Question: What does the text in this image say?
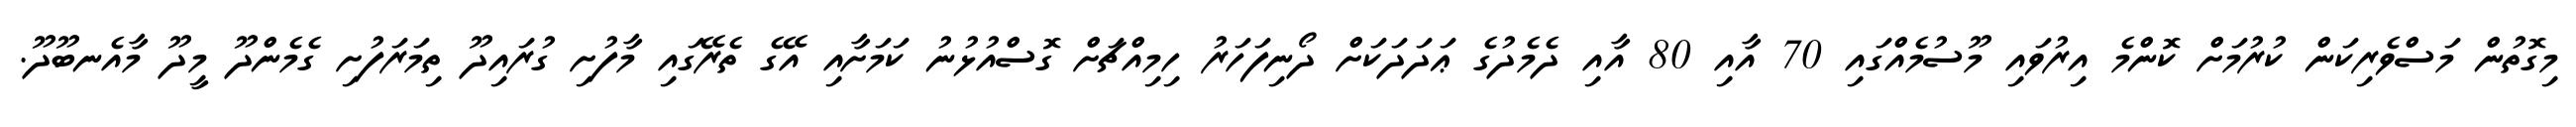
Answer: މިގޮތުން މަސްވެރިކަން ކުރުމަށް ކޮންމެ އިރުވައި މޫސުމެއްގައި 70 އާއި 80 އާއި ދެމެދުގެ ޢަދަދަކަށް ދޯނިފަހަރު ހިމިއްޗަށް ގޮސްއުޅުނު ކަމަށާއި އޭގެ ތެރޭގައި މާފުށި ގުރައިދޫ ތިމަރަފުށި ގެމެންދޫ މީދޫ މާއެނބޫދޫ.